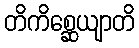
တိကိစ္ဆေယျာတိ